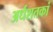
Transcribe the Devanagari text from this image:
अर्धशतकां